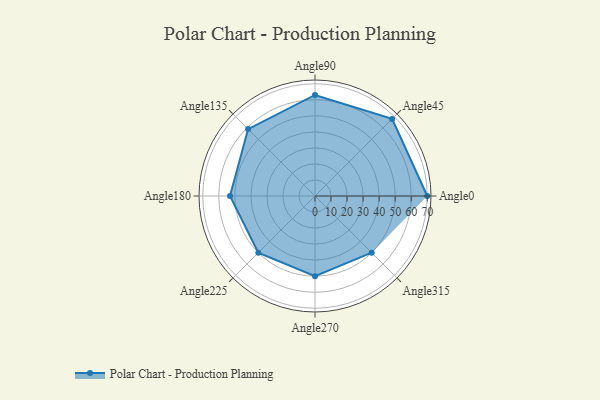
{"axis": {"x": "Angle", "y": "Radius"}, "legend": [""], "data": [{"x": "Angle0", "y": 70.0, "type": ""}, {"x": "Angle45", "y": 68.0, "type": ""}, {"x": "Angle90", "y": 63.0, "type": ""}, {"x": "Angle135", "y": 59.0, "type": ""}, {"x": "Angle180", "y": 53.0, "type": ""}, {"x": "Angle225", "y": 50, "type": ""}, {"x": "Angle270", "y": 50, "type": ""}, {"x": "Angle315", "y": 50, "type": ""}]}